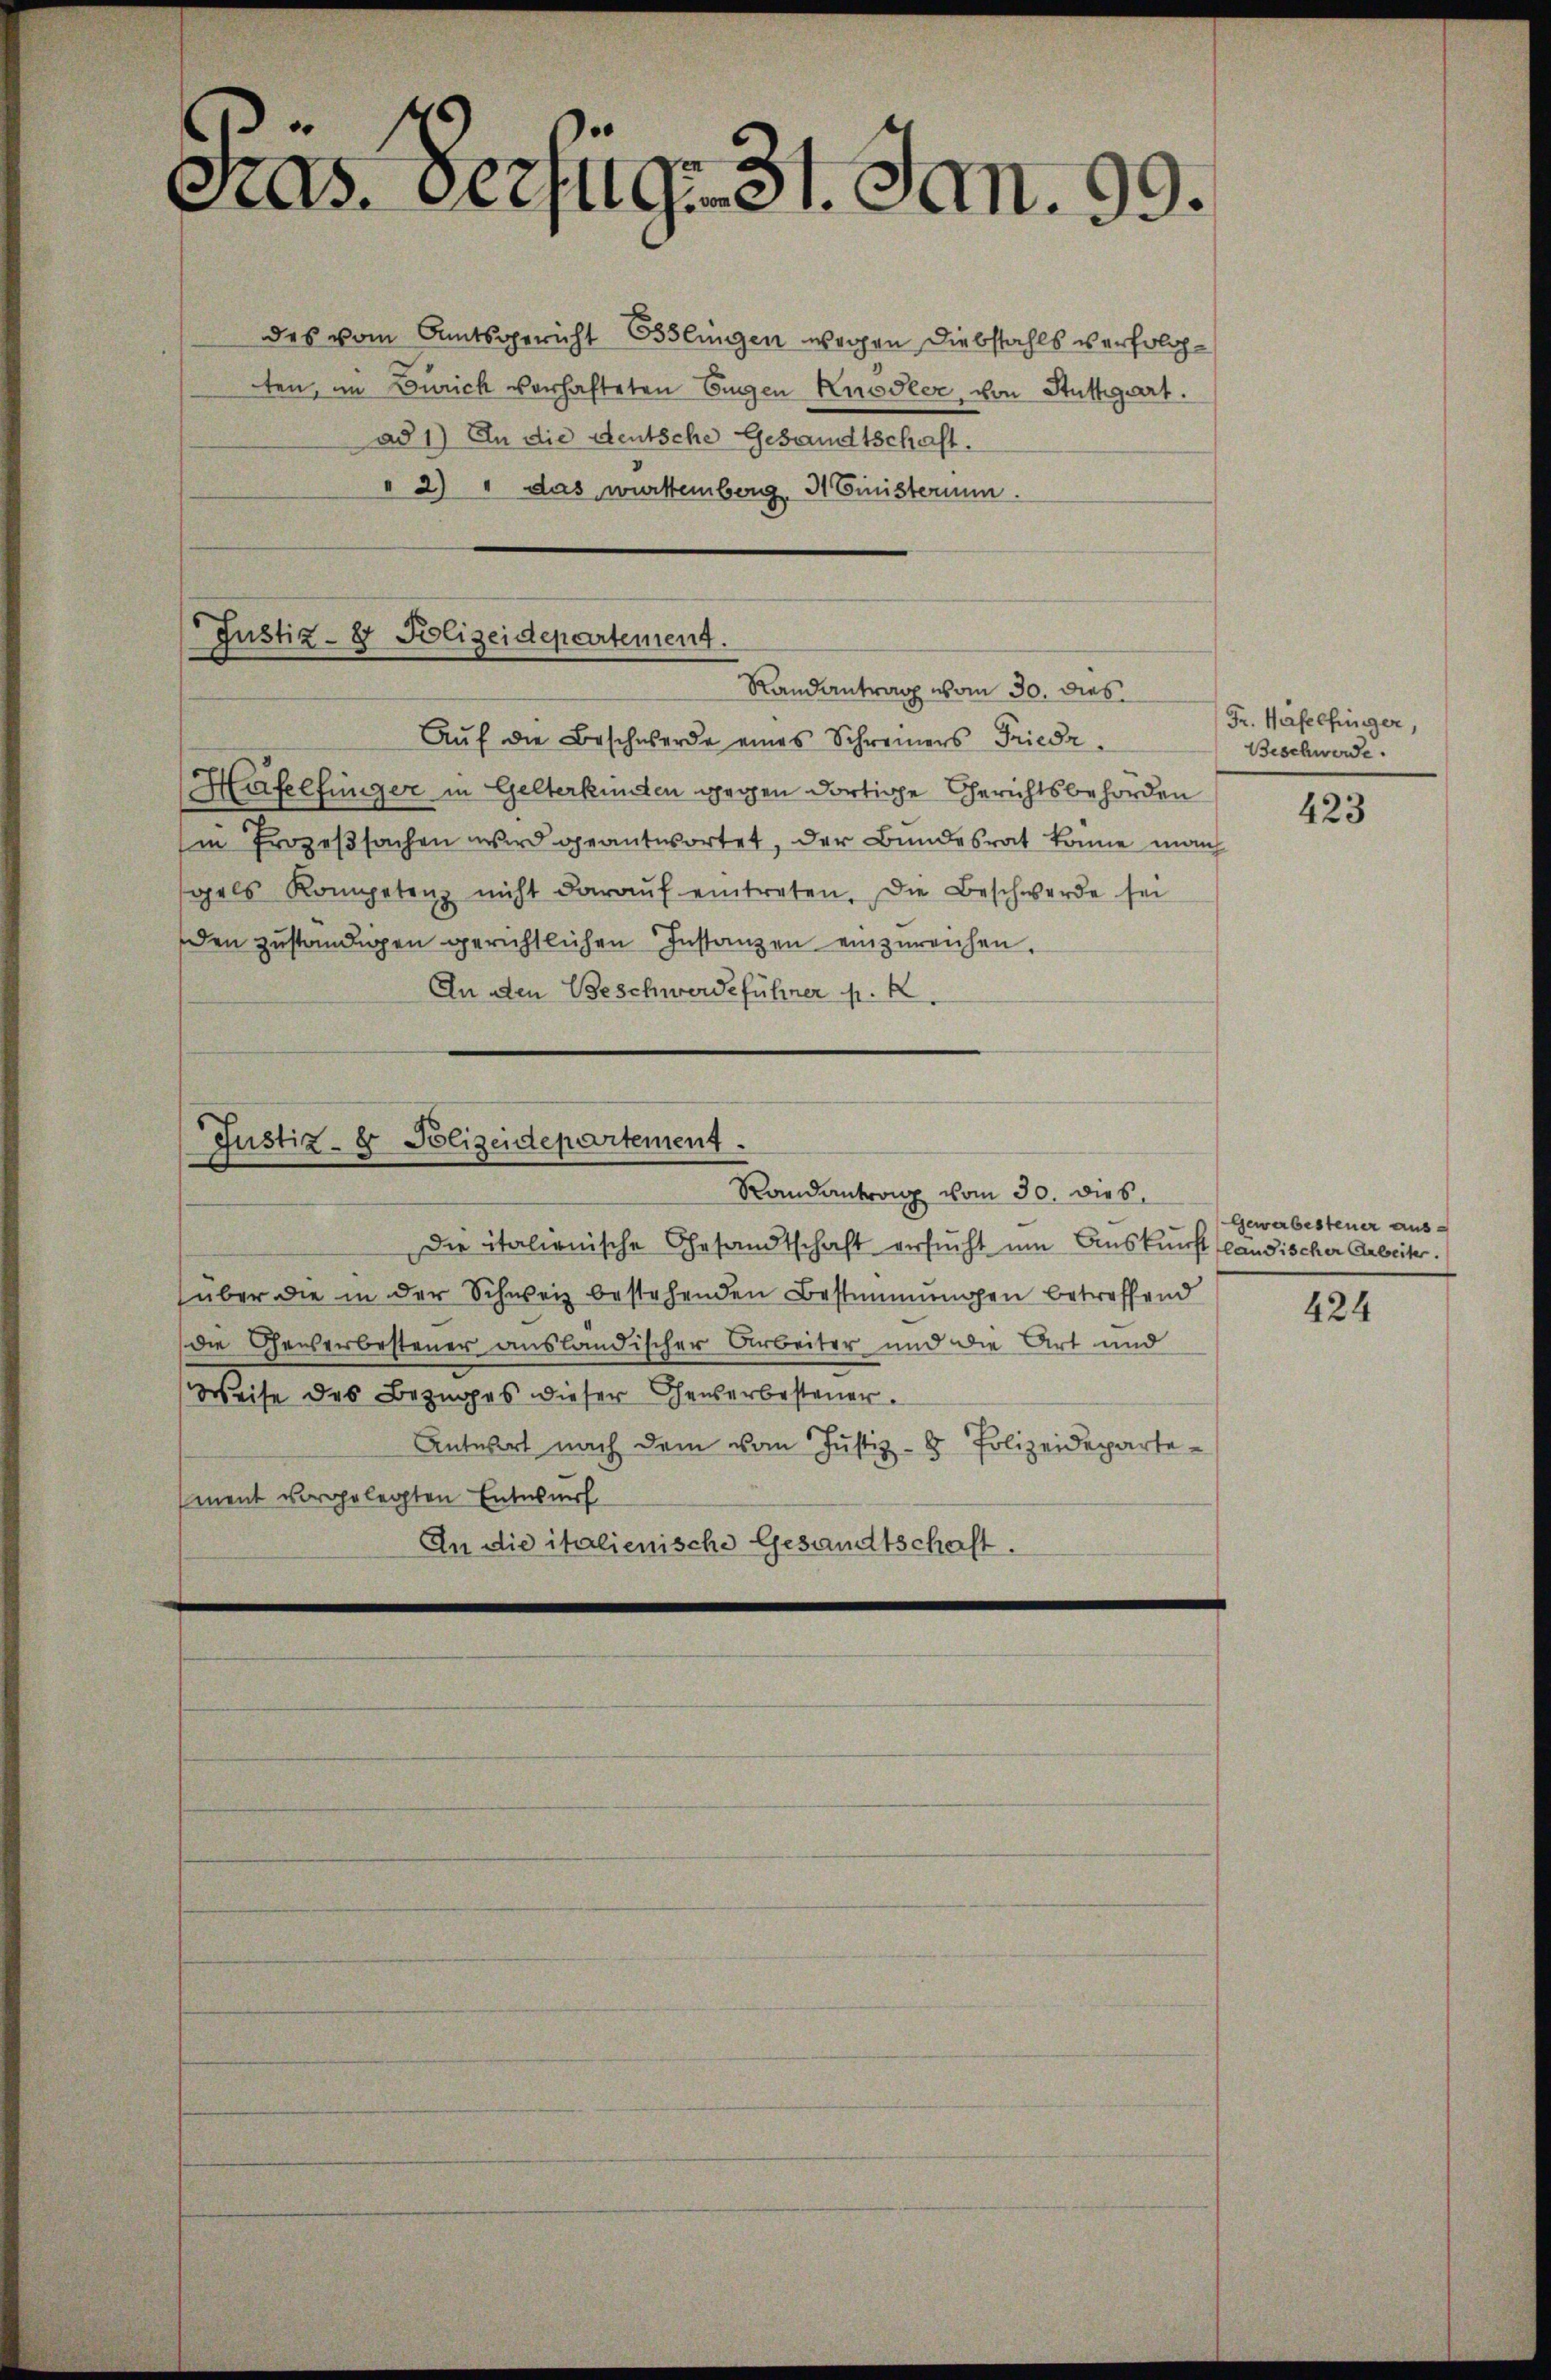
Pras. Verfug- 31. Jan. 99.
des vom Amtsgericht Esslingen wegen Diebstahls verfolgten, im Zürich verhafteten Eugen Knödler, von Stuttgart.
ad 1) An die deutsche Gesandtschaft.
" 2) " das würtemberg, Ministerium.

Justiz- & Polizeidepartement.
Randantrag vom 30. dies
Aŭf die Beschwerde eines Schweiners Friedr.

Häfelfünger in Gelterkunden gegen dortige Gerichtsbehörden
in Prozeßsachen wird geantwortet, der Bundesrat könne manch
gels Kompetenz nicht daraŭf eintreten. Die Beschwerde sei
den zuständigen gerichtlichen Instanzen einzureichen.
An den Beschwerdeführer p. 2.

Justiz- & Polizeidepartement.
Randantrang vom 30. dies

Die italienische Gesandtschaft versucht um Auskunft ländischer Arbeiter.
über die in der Schweiz bestehenden Bestimmungen betreffend
die Gewerbesteuer ausländischer Arbeiter und die Art und
Weise des Bezuges dieser Generbesteuer.
Antwort nach dem vom Justiz- & Polizeidepartement vorgelegten Entwurf
An die italienische Gesandtschaft.

Fr. Hafelfinger,
Beschwerde.

423

Gewerbesteuer aus¬

424